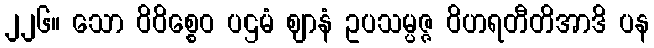
၂၂၆။ သော ဝိဝိစ္စေဝ ပဌမံ ဈာနံ ဥပသမ္ပဇ္ဇ ဝိဟရတီတိအာဒိ ပန